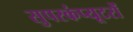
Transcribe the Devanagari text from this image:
सुपरकंप्यूटरों